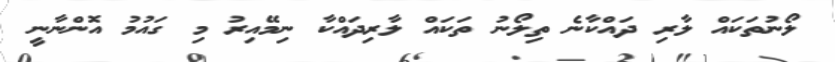
ލޯނުތަކައް ލާރި ދައްކާނެ ތިލޯނު ތަކައް ލާރިދައްކާ ނިމޭއިރު މި ގައުމު އޮންނާނީ